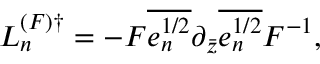
{ \cal L } _ { n } ^ { ( F ) \dagger } = - F \overline { { { e _ { n } ^ { 1 / 2 } } } } \partial _ { \bar { z } } \overline { { { e _ { n } ^ { 1 / 2 } } } } F ^ { - 1 } ,